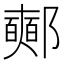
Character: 𨟉